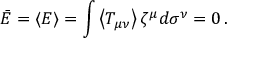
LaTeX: \bar { E } = \left\langle E \right\rangle = \int \left\langle T _ { \mu \nu } \right\rangle \zeta ^ { \mu } d \sigma ^ { \nu } = 0 \, .